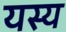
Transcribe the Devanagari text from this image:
यस्‍य